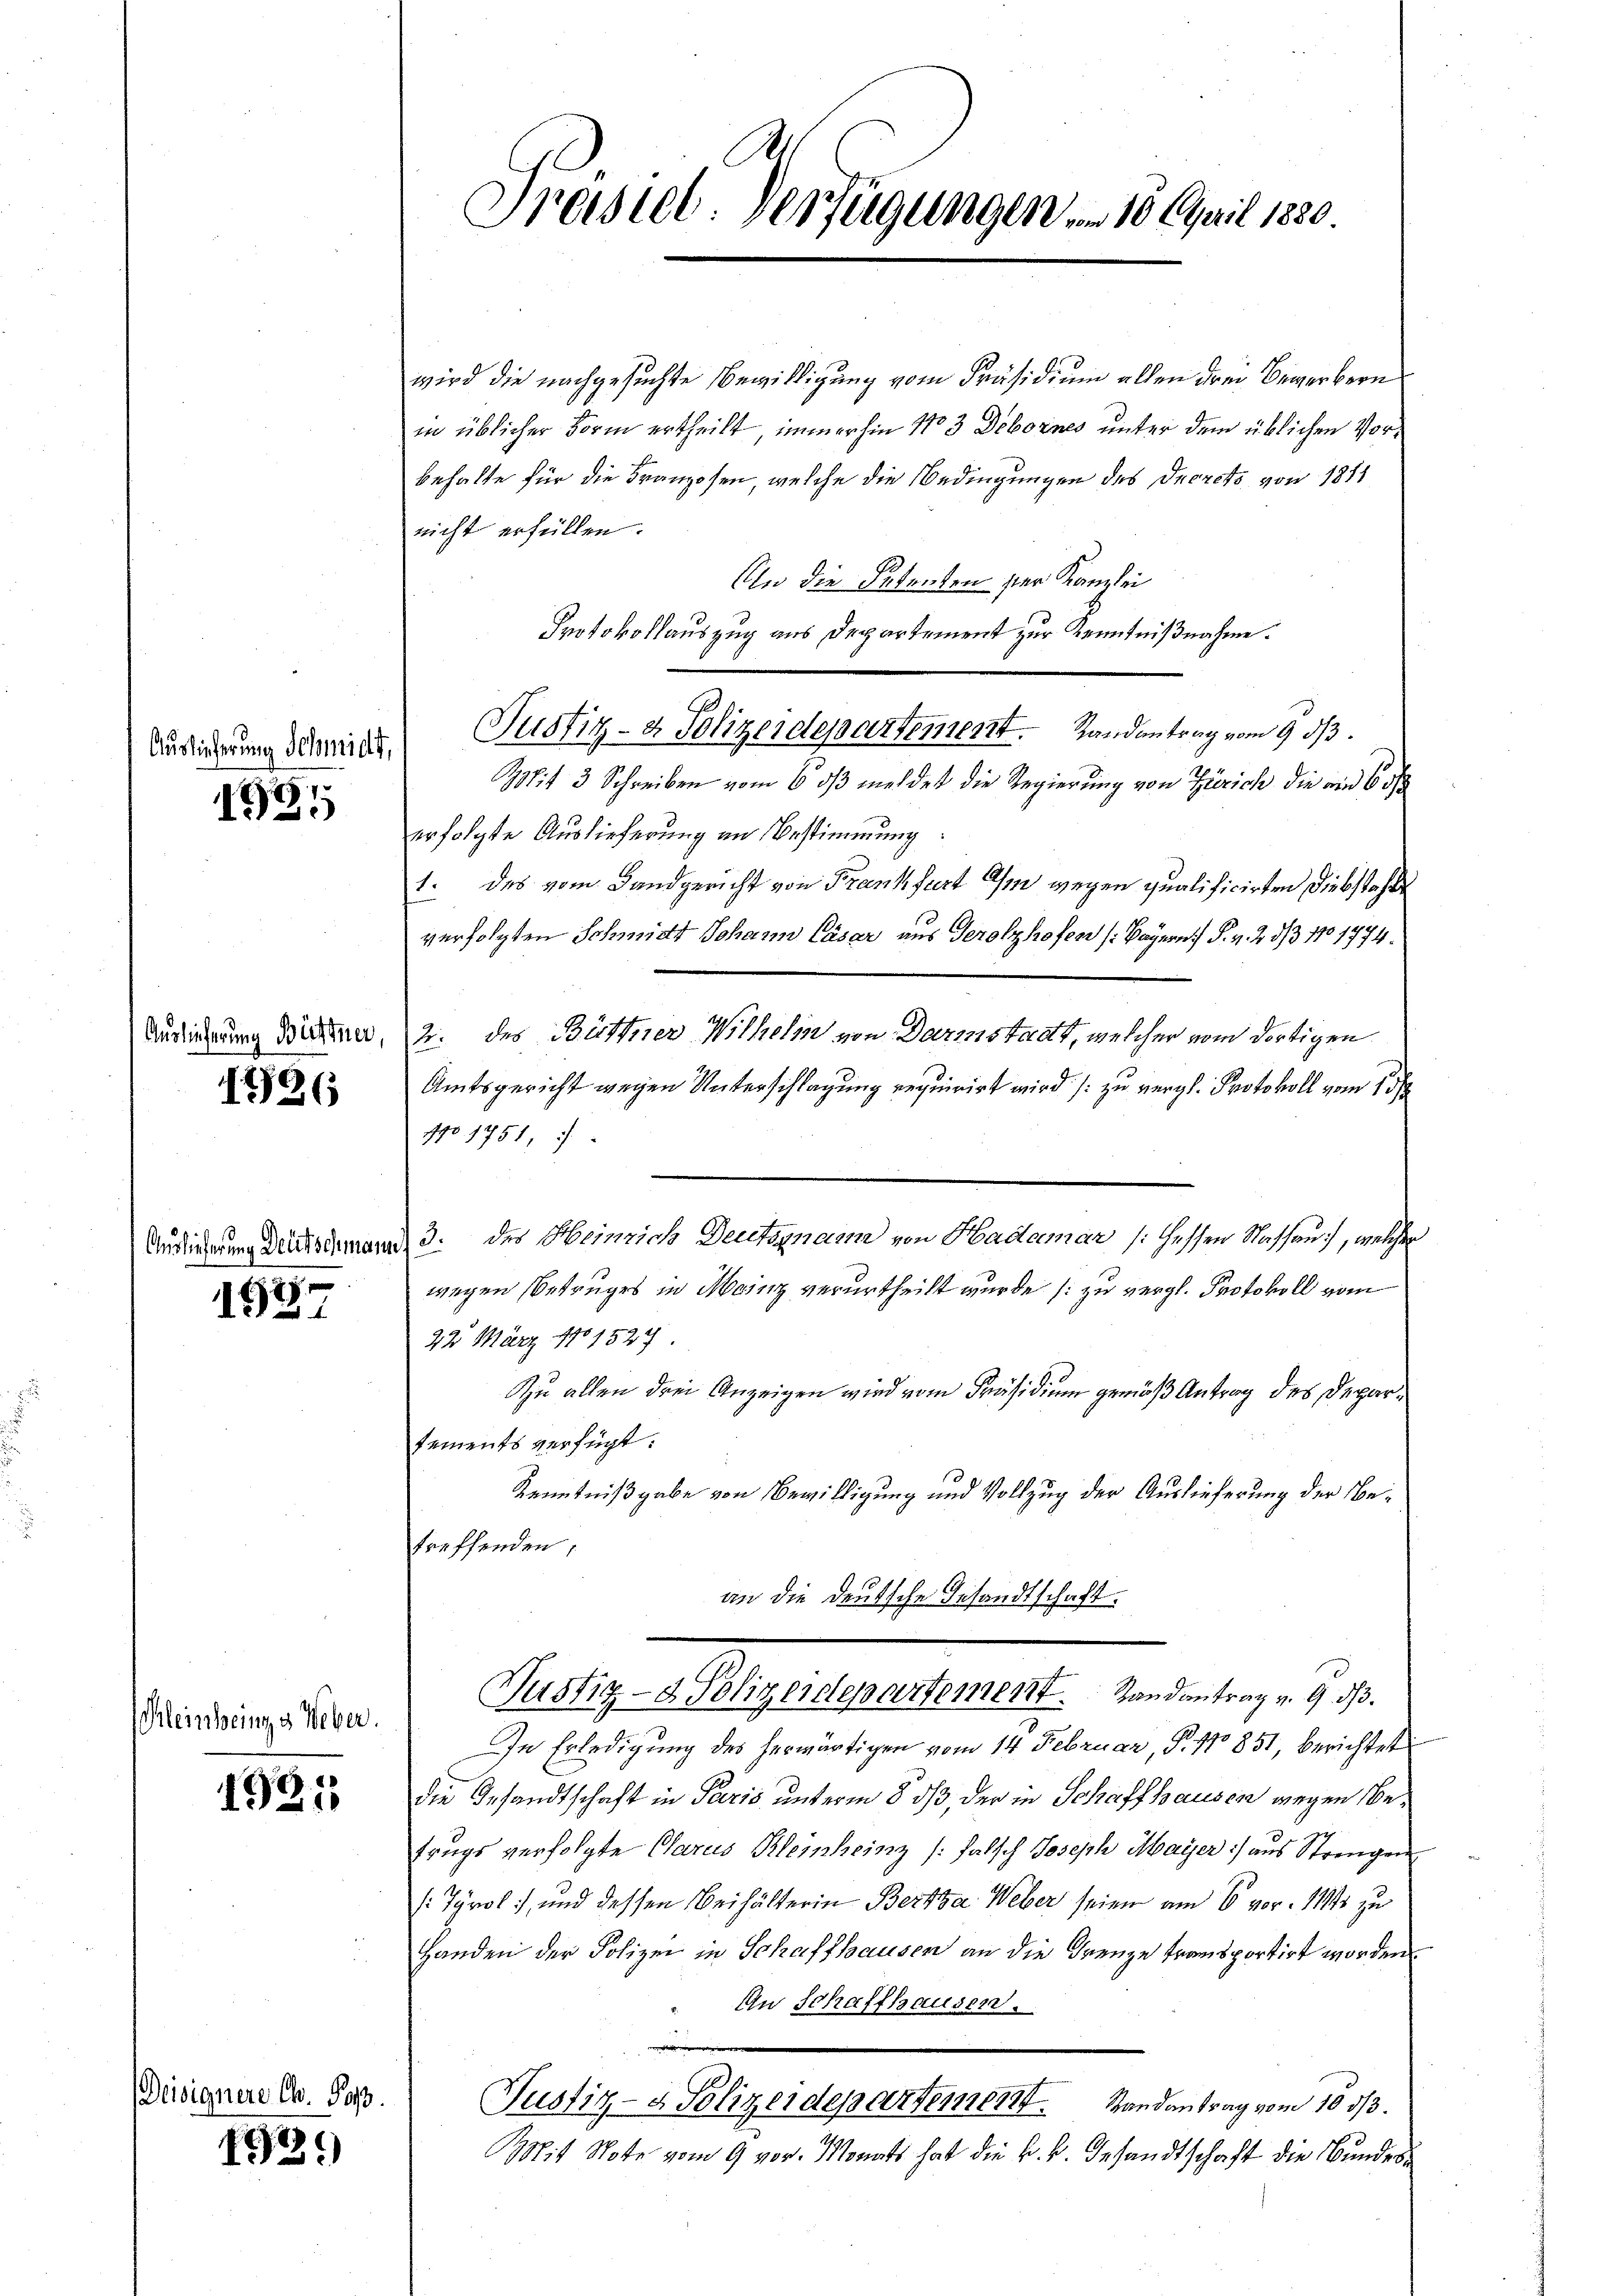
Auslicherung Schmidt,

Auslieferung

Deisignere C. Pos

.
1927

1796

1577

Kleinheinge Weber.

1921

192.

Büftner

8.

Preisiel. Verfügungen . 18. April 1880

wird die nachgesuchte Bewilligung vom Präsidium allen drei Bewerbern
in üblicher Form ertheilt, immerhin No 3 Debornes unter dem üblichen Vorbehalte für die Franzosen, welche die Bedingungen des Decreto von 1811
nicht erfüllen.
An die Petenten der Kanzlei
Protokollauszug aus Departement zur Kenntnißnahme.
Justiz- & Polizeidepartement. Handantrag vom 9. dβ.
Mit 3 Schreiben vom 6. ds meldet die Regierung von Zürich die ein 6 o
erfolgte Auslieferung an Bestimmung:
1. des vom Landgericht von Frankfurt Im wegen qualificirten Diebstah
verfolgten Schmidt Johann Cäsar aus Gerolzhofen (Bayern) P. v. 28/3 110 1774.
2. des Büttner Wilhelm von Darmstadt, welcher vom dortigen
Amtsgericht wegen Unterschlagung requirirt wird. / zu vergl. Protokoll vom 15
No 1751,
Audiendung dessermann 3. des Heinrich Decetagnamme von Hadlamar /: dessen Nassau, welcher
wegen Betruges in Mainz verurtheilt wurde (zu vergl. Protokoll vom
22. März 1801524
Zu allen drei Anzeigen wird vom Präsidium gemäß Antrag des Departements verfügt:
Kenntnißgabe von Bewilligung und Vollzug der Auslieferung der Betreffenden,
an die deutsche Gesandtschaft.
Justiz- & Polizeidepartement. Randantrag v. 9. ds.
In Erledigung des herwärtigen vom 14. Februar, P. No 851, berichtet
die Gesandtschaft in Paris unterm 8. ds, der in Schaffhausen wegen Befrugs verfolgte Glarus Kleinheinz (falsch Joseph Maÿer :/ aus Strengen
( Tyrol, und dessen Beihälterin Berta Weber seien am 6. vor. 114 zu
Handen der Polizei in Schaffhausen an die Frenze transportirt worden.
An Schaffhausen.
Tustiz- & Polizeidepartement.
Randantrag vom 10 1/3.
Mit Note vom 9 vor. Monats hat die k.k. Gesandtschaft die Bundes¬